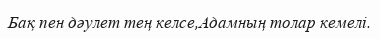
Бақ пен дәулет тең келсе,Адамның толар кемелі.